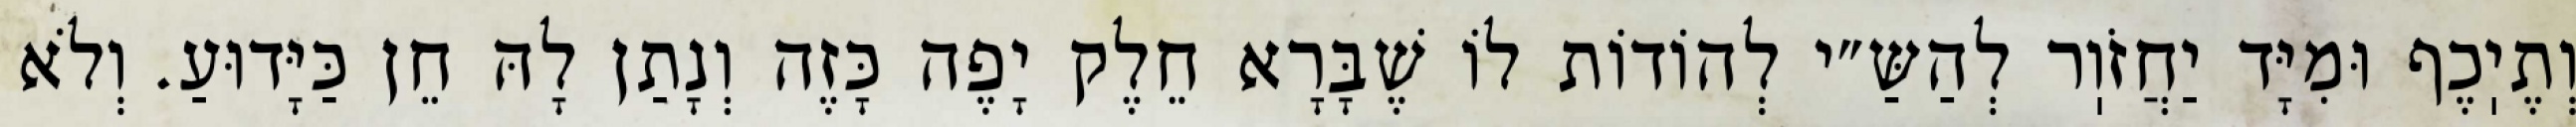
וְתֶיֽכֶף וּמִיָּד יַחֲזֹוֽר לְהַשַּ״י לְהוֹדוֹת לוֹ שֶׁבָּרָא חֵלֶק יָפֶה כָּזֶה וְנָתַן לָהּ חֵן כַּיָּדוּעַ. וְלֹא